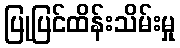
ပြုပြင်ထိန်းသိမ်းမှု